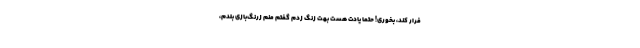
فرار کند، بخوری! حتما یادت هست بهت زنگ زدم گفتم منم زرنگ‌بازی بلدم،